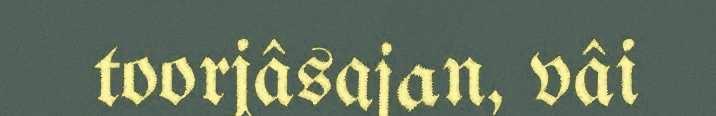
toorjâsajan, vâi